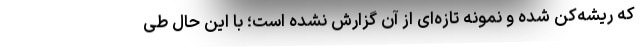
که ریشه‌کن شده و نمونه تازه‌ای از آن گزارش نشده است؛ با این حال طی